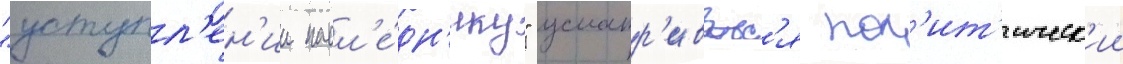
"уступл'ен'ии насл'е́дн'ику" усматр'иваетс'я пол'ит'ическ'ии